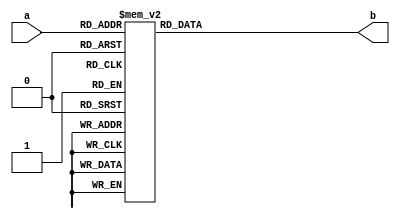
`timescale 1ns / 1ps
//////////////////////////////////////////////////////////////////////////////////
// Company: 
// Engineer: 
// 
// Design Name: 
// Module Name: decode
// Project Name: 
// Target Devices: 
// Tool Versions: 
// Description: 
// 
// Dependencies: 
// 
// Revision:
// Revision 0.01 - File Created
// Additional Comments:
// 
//////////////////////////////////////////////////////////////////////////////////


module decode(
    input   [3:0]   a,
    output  [6:0]   b
    );
    reg [6:0]   oData;
    assign b = oData;
        always@(*)begin
        case(a)
            4'h0:oData    = 7'b1000000;
            4'h1:oData    = 7'b1111001;
            4'h2:oData    = 7'b0100100;
            4'h3:oData    = 7'b0110000;
            4'h4:oData    = 7'b0011001;
            4'h5:oData    = 7'b0010010;
            4'h6:oData    = 7'b0000010;
            4'h7:oData    = 7'b1111000;
            4'h8:oData    = 7'b0000000;
            4'h9:oData    = 7'b0010000;
            4'ha:oData    = 7'b1110111;
            4'hb:oData    = 7'b0000011;
            4'hc:oData    = 7'b1000110;
            4'hd:oData    = 7'b1000001;
            4'he:oData    = 7'b0000110;
            4'hf:oData    = 7'b0001110;
            default:oData = 7'b0000000;
        endcase
        end
endmodule